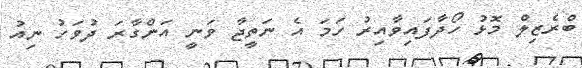
ބްރެޒިލް މޮޅު ހޯދާފައިވާއިރު ހަމަ އެ ނަތީޖާ ވަނީ އަންގާރަ ދުވަހު ނިއު